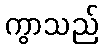
ကွာသည်